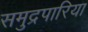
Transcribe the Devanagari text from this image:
समुद्रपारिया